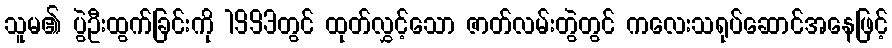
သူမ၏ ပွဲဦးထွက်ခြင်းကို 1993တွင် ထုတ်လွှင့်သော ဇာတ်လမ်းတွဲတွင် ကလေးသရုပ်ဆောင်အနေဖြင့်